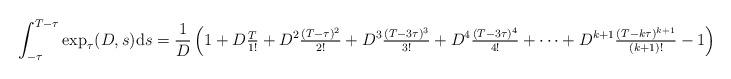
LaTeX: \begin{align*} \int_{-\tau}^{T - \tau} \exp_{\tau}(D, s) \mathrm{d}s = \frac{1}{D} \left(1 + D \tfrac{T}{1!} + D^{2} \tfrac{(T - \tau)^{2}}{2!} + D^{3} \tfrac{(T - 3\tau)^{3}}{3!} + D^{4} \tfrac{(T - 3\tau)^{4}}{4!} + \dots + D^{k+1} \tfrac{(T - k\tau)^{k+1}}{(k + 1)!} - 1\right). \end{align*}